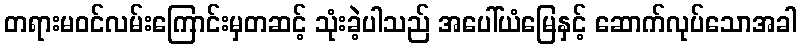
တရားမဝင်လမ်းကြောင်းမှတဆင့် သုံးခဲ့ပါသည် အပေါ်ယံမြေနှင့် ဆောက်လုပ်သောအခါ